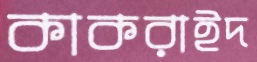
কাকরাইদ